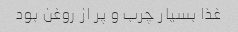
غذا بسیار چرب و پر از روغن بود